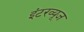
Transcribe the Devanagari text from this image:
इंटरव्यूज